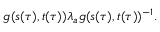
g ( s ( \tau ) , t ( \tau ) ) { \lambda } _ { a } g ( s ( \tau ) , t ( \tau ) ) ^ { - 1 } .